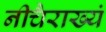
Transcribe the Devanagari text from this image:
नीचैराख्यं